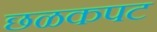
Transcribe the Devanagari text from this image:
छळकपट